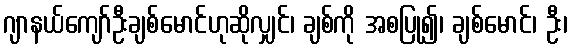
ဂျာနယ်ကျော်ဦးချစ်မောင်ဟုဆိုလျှင်၊ ချစ်ကို အစပြု၍၊ ချစ်မောင်၊ ဦး၊